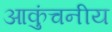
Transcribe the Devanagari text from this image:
आकुंचनीय